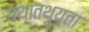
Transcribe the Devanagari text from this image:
यथातथ्‍यता